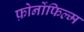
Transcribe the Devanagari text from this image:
फ़ोनोंफिल्म